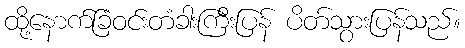
ထို့နောက်ခြံဝင်းတံခါးကြီးပြန် ပိတ်သွားပြန်သည်။